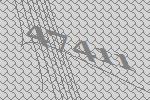
47411